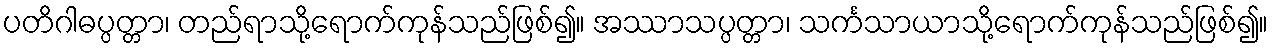
ပတိဂါဓပ္ပတ္တာ၊ တည်ရာသို့ရောက်ကုန်သည်ဖြစ်၍။ အဿာသပ္ပတ္တာ၊ သင်္ကသာယာသို့ရောက်ကုန်သည်ဖြစ်၍။